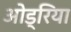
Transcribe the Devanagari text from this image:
ओड्रिया